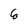
Character: 6